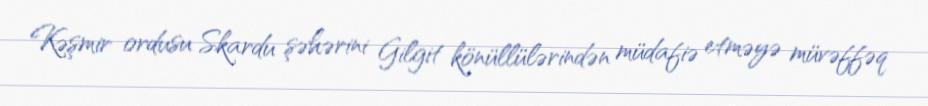
Kəşmir ordusu Skardu şəhərini Gilgit könüllülərindən müdafiə etməyə müvəffəq